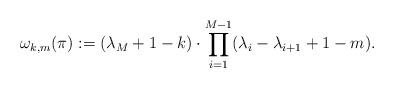
LaTeX: \begin{align*} \omega_{k,m}(\pi) :=(\lambda_{M}+1-k)\cdot\prod_{i=1}^{M-1} (\lambda_{i}-\lambda_{i+1}+1-m).\end{align*}